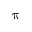
\uppi